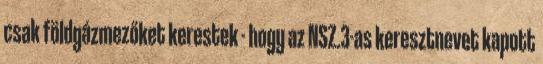
csak földgázmezőket kerestek - hogy az NSZ.3-as keresztnevet kapott